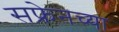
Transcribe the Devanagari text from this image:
सफ्रेनच्या